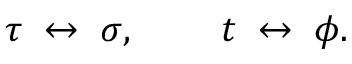
\tau \; \leftrightarrow \; \sigma , \; \; \; \; \; \; \; \; t \; \leftrightarrow \; \phi .